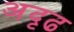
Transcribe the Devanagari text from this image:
अदृढ